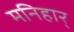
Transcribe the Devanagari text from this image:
मनिहार्